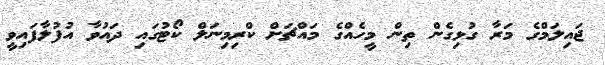
ޖައިލަމްގެ މަރާ ގުޅިގެން ތިން މީހެއްގެ މައްޗަށް ކްރިމިނަލް ކޯޓުގައި ދައުވާ އުފުލާފައިވީ